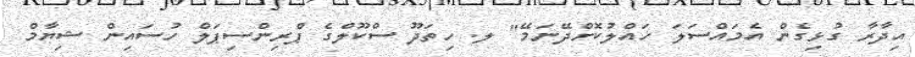
އިދާރާ ގުޅިގެން އެމައްސަލަ ހައްލުކޮށްދޭނަމޭ" ލ. ހިތަދޫ ސްކޫލްގެ ޕްރިންސިޕަލް ހުސައިން ޝިޔާމް